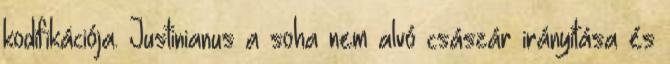
kodifikációja. Justinianus a soha nem alvó császár irányítása és